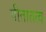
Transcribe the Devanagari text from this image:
गीतातत्व